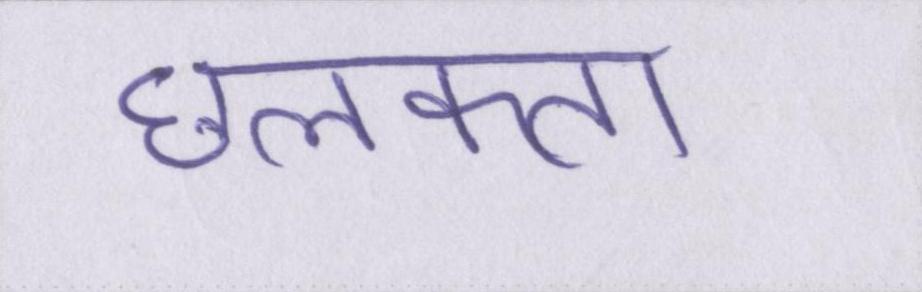
छलकता